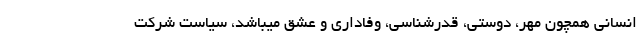
انسانی همچون مهر، دوستی، قدرشناسی، وفاداری و عشق میباشد، سیاست شرکت